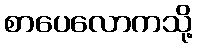
စာပေလောကသို့